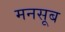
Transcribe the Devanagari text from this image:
मनसूब